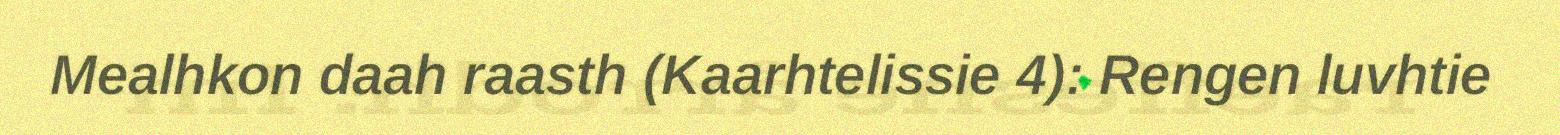
Mealhkon daah raasth (Kaarhtelissie 4): Rengen luvhtie